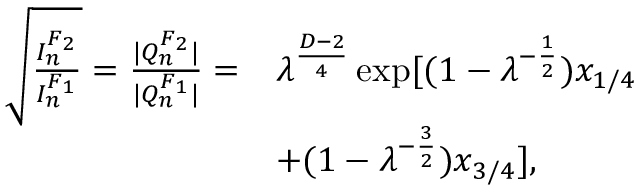
\begin{array} { r l } { \sqrt { \frac { I _ { n } ^ { F _ { 2 } } } { I _ { n } ^ { F _ { 1 } } } } = \frac { | Q _ { n } ^ { F _ { 2 } } | } { | Q _ { n } ^ { F _ { 1 } } | } = } & { \lambda ^ { \frac { D - 2 } { 4 } } \exp [ ( 1 - \lambda ^ { - \frac { 1 } { 2 } } ) x _ { 1 / 4 } } \\ & { + ( 1 - \lambda ^ { - \frac { 3 } { 2 } } ) x _ { 3 / 4 } ] , } \end{array}